Lunatic asylums Punjab 1911-1921 - 1911-1921
Year: 1911
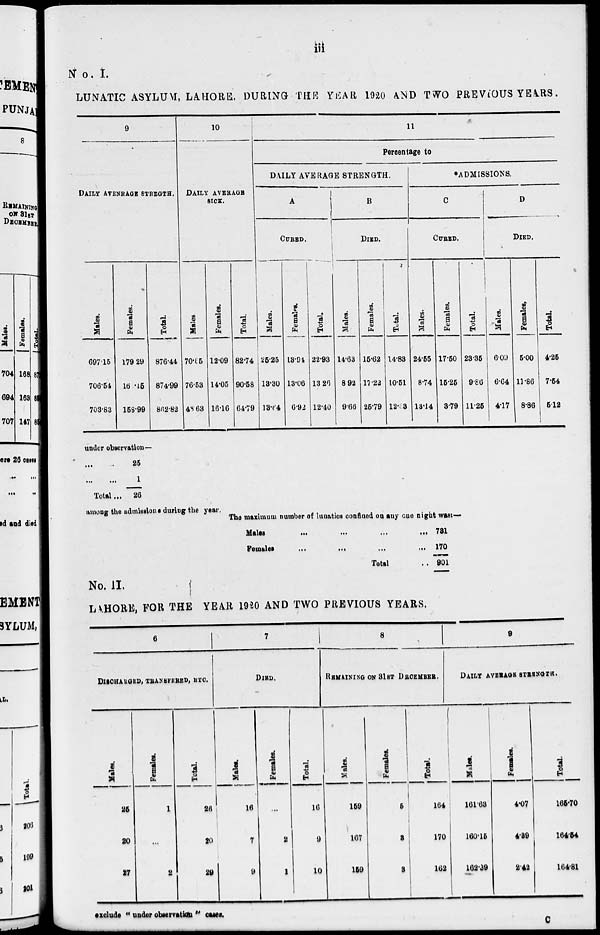
iii
No. I.
LUNATIC ASYLUM, LAHORE, DURING THE YEAR 1920 AND TWO PREVIOUS YEARS.
9
DAILY AVENRAGE STREGTH.
Males.
697.15
706.54
703.83
Females.
179.29
168.45
158.99
Total.
876.44
874.99
862.82
10
DAILY AVERAGE
SICK.
Males
70.85
76.53
48.63
Females.
12.09
14.05
16.16
Total.
82.74
90.58
64.79
11
Percentage to
DAILY AVERAGE STRENGTH.
A
CURED.
Males.
25.25
13.30
13.64
Females.
13.94
13.06
6.92
Total.
22.93
13.26
12.40
B
DIED.
Males.
14.63
8.92
9.66
Females.
15.62
17.22
25.79
Total.
14.83
10.51
12.33
*ADMISSIONS.
C
CURED.
Males.
24.55
8.74
13.14
Females.
17.60
15.25
3.79
Total.
23.35
9.86
11.25
D
DIED.
Males.
6.09
6.64
4.17
Females.
5.00
11.86
8.86
Total.
4.25
7.54
5.12
under observation—
... ...
... ...
Total ...
25
1
26
among the admissions during the year.
The maximum number of lunatics confined on any cue night wast—
Males
...
...
...
...
Females
...
... ... ...
Total ...
781
170
901
No. II.
LAHORE, FOR THE YEAR 1920 AND TWO PREVIOUS YEARS.
6
DISCHARGED, TRANSFERED, ETC.
Males.
25
20
27
Females.
1
...
2
Total.
26
20
29
7
DIED.
Males.
16
7
9
Females.
...
2
1
Total.
16
9
10
8
REMAINING ON 31ST DECEMBER.
Males.
159
167
159
Females.
5
3
3
Total.
164
170
162
9
DAILY AVERAGE STRENGTH.
Males.
161.63
160.15
162.39
Females.
4.07
4.39
2.42
Total.
165.70
164.54
164.81
exclude " under observation " cases.
c